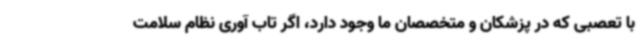
با تعصبی که در پزشکان و متخصصان ما وجود دارد، اگر تاب آوری نظام سلامت